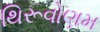
થિરૂવોણમ